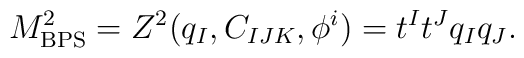
M^2_{\rm BPS} = Z^2 (q_I, C_{IJK}, \phi^i) = t^I t^J q_I q_J.